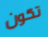
تكون